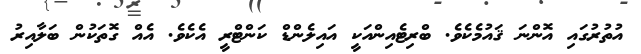
އުތުރުގައި އޮންނަ ޤައުމެކެވެ. ބްރިޓެއިންއަކީ އައިލެންޑް ކަންޓްރީ އެކެވެ. އެއް ގޮތަކުން ބަލާއިރު